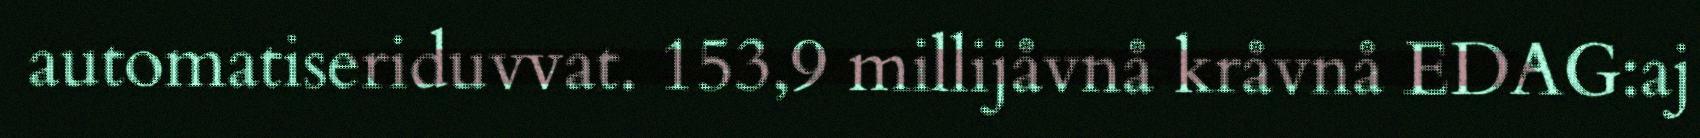
automatiseriduvvat. 153,9 millijåvnå kråvnå EDAG:aj